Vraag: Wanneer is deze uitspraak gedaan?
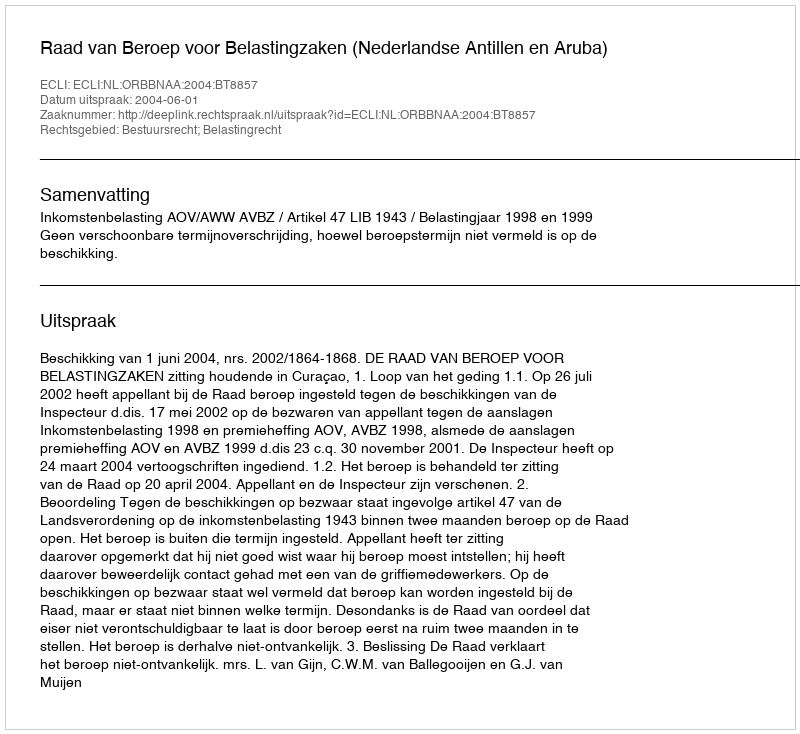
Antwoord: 2004-06-01